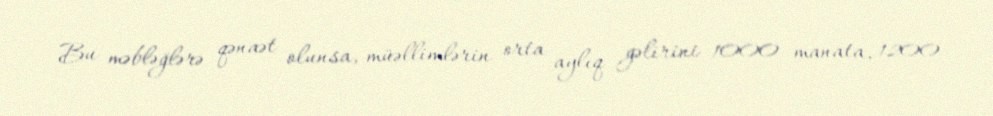
Bu məbləğlərə qənaət olunsa, müəllimlərin orta aylıq gəlirini 1000 manata, 1200